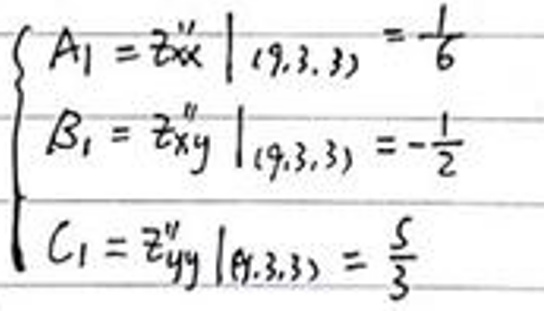
\[
\begin{cases}
A_1 = z_{x x}^{\prime\prime}\big|_{(9,3,3)}=\frac{1}{6}\\
B_1 = z_{x y}^{\prime\prime}\big|_{(9,3,3)}=-\frac{1}{2}\\
C_1 = z_{y y}^{\prime\prime}\big|_{(9,3,3)}=\frac{5}{3}
\end{cases}
\]